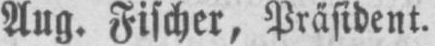
Aug. Fischer, Präsident.